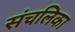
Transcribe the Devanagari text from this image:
संचलिका